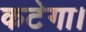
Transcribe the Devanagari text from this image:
कटेगा।